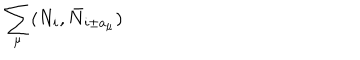
LaTeX: \sum _ { \mu } ( N _ { i } , \bar { N } _ { i \pm a _ { \mu } } )